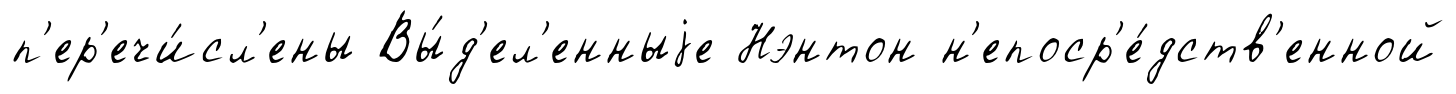
п'ер'ечи́сл'ены Вы́д'ел'енныjе Нэнтон н'епоср'е́дств'енной